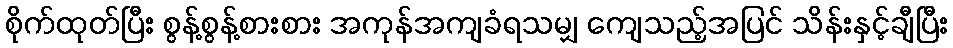
စိုက်ထုတ်ပြီး စွန့်စွန့်စားစား အကုန်အကျခံရသမျှ ကျေသည့်အပြင် သိန်းနှင့်ချီပြီး